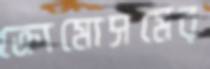
ক্রোমোসমের